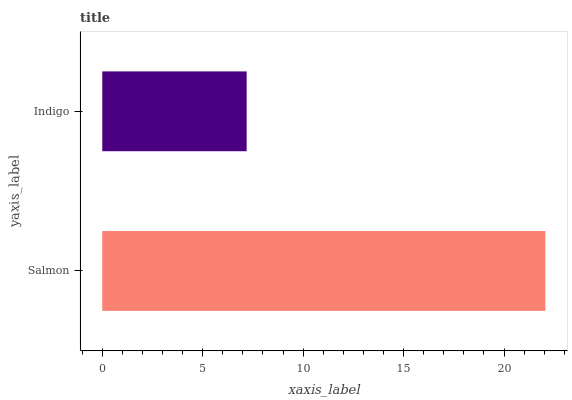
| yaxis_label | bars |
 | --- | --- |
 | Salmon | 22.1 |
 | Indigo | 7.19 |